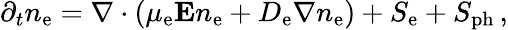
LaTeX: \partial_{t}n_{\mathrm e}=\nabla\cdot(\mu_{\mathrm e}\boldsymbol{\mathrm E}n_{\mathrm e}+D_{\mathrm e}\nabla n_{\mathrm e})+S_{\mathrm e}+S_{\mathrm{ph}}\, ,